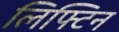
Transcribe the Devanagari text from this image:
लिफ्टिन